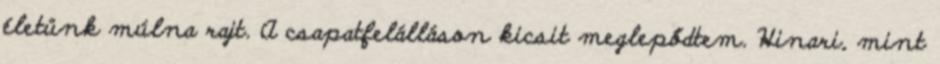
életünk múlna rajt. A csapatfelálláson kicsit meglepődtem. Hinari, mint